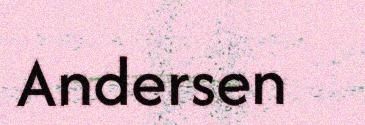
Andersen